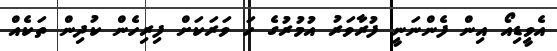
އެވީޑިއޯ އިން ފެންނަނީ ފުރާވަރު އުމުރުގެ ހަ ވަރަކަށް ފިރިހެން ކުދިން ތަކެއް